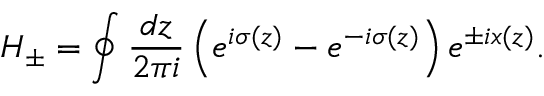
H _ { \pm } = \oint \frac { d z } { 2 \pi i } \left( e ^ { i \sigma ( z ) } - e ^ { - i \sigma ( z ) } \right) e ^ { \pm i x ( z ) } .